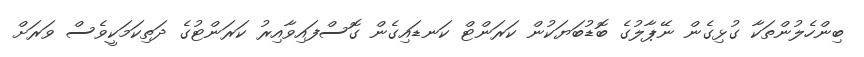
ބިންހެލުންތަކާ ގުޅިގެން ނޭޕާލުގެ ބޮޑުބަޔަކުން ކަރަންޓް ކަނޑައިގެން ގޮސްފައިވާއިރު ކަރަންޓުގެ ދަތިކަމަކީވެސް ވަރަށް